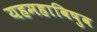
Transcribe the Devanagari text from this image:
यहमहाविषुव